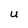
Character: U